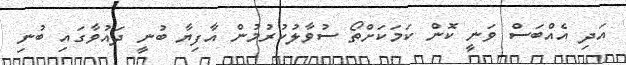
އަދި އެއްބަސް ވަނީ ކޮން ކަމަކަށްތޯ ސުވާލުކުރުމުން އާފިޔާ ބުނީ ދައުވާގައި ބުނި